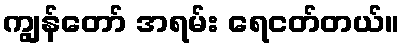
ကျွန်တော် အရမ်း ရေငတ်တယ်။